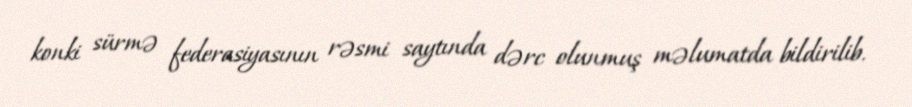
konki sürmə federasiyasının rəsmi saytında dərc olunmuş məlumatda bildirilib.